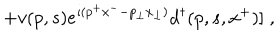
LaTeX: \; + v ( p , s ) e ^ { \imath ( p ^ { + } x ^ { - } - p _ { \perp } x _ { \perp } ) } d ^ { \dagger } ( p , s , x ^ { + } ) ] \; ,